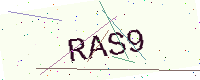
Text: RAS9